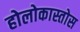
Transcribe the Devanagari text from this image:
होलोकास्तोस